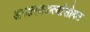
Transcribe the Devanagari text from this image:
अपहरणकर्त्यांसोबत